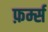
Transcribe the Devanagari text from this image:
फ़र्म्स